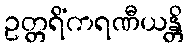
ဥတ္တရိံကရဏီယန္တိ